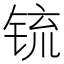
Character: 锍